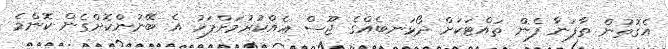
އެގޮތުން ތާފަނާ ފެން ތައްޓަކަށް ދޯޅަނބެއްގެ ޖޫސް އެއްކުރުމަށްފަހު އެ ބޭނުންކޮށްގެން ކޮންމެ